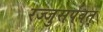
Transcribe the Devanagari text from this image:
रज्जुसर्पवत्